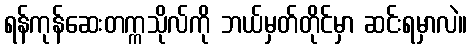
ရန်ကုန်ဆေးတက္ကသိုလ်ကို ဘယ်မှတ်တိုင်မှာ ဆင်းရမှာလဲ။